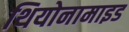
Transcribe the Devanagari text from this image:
थियोनामाइड